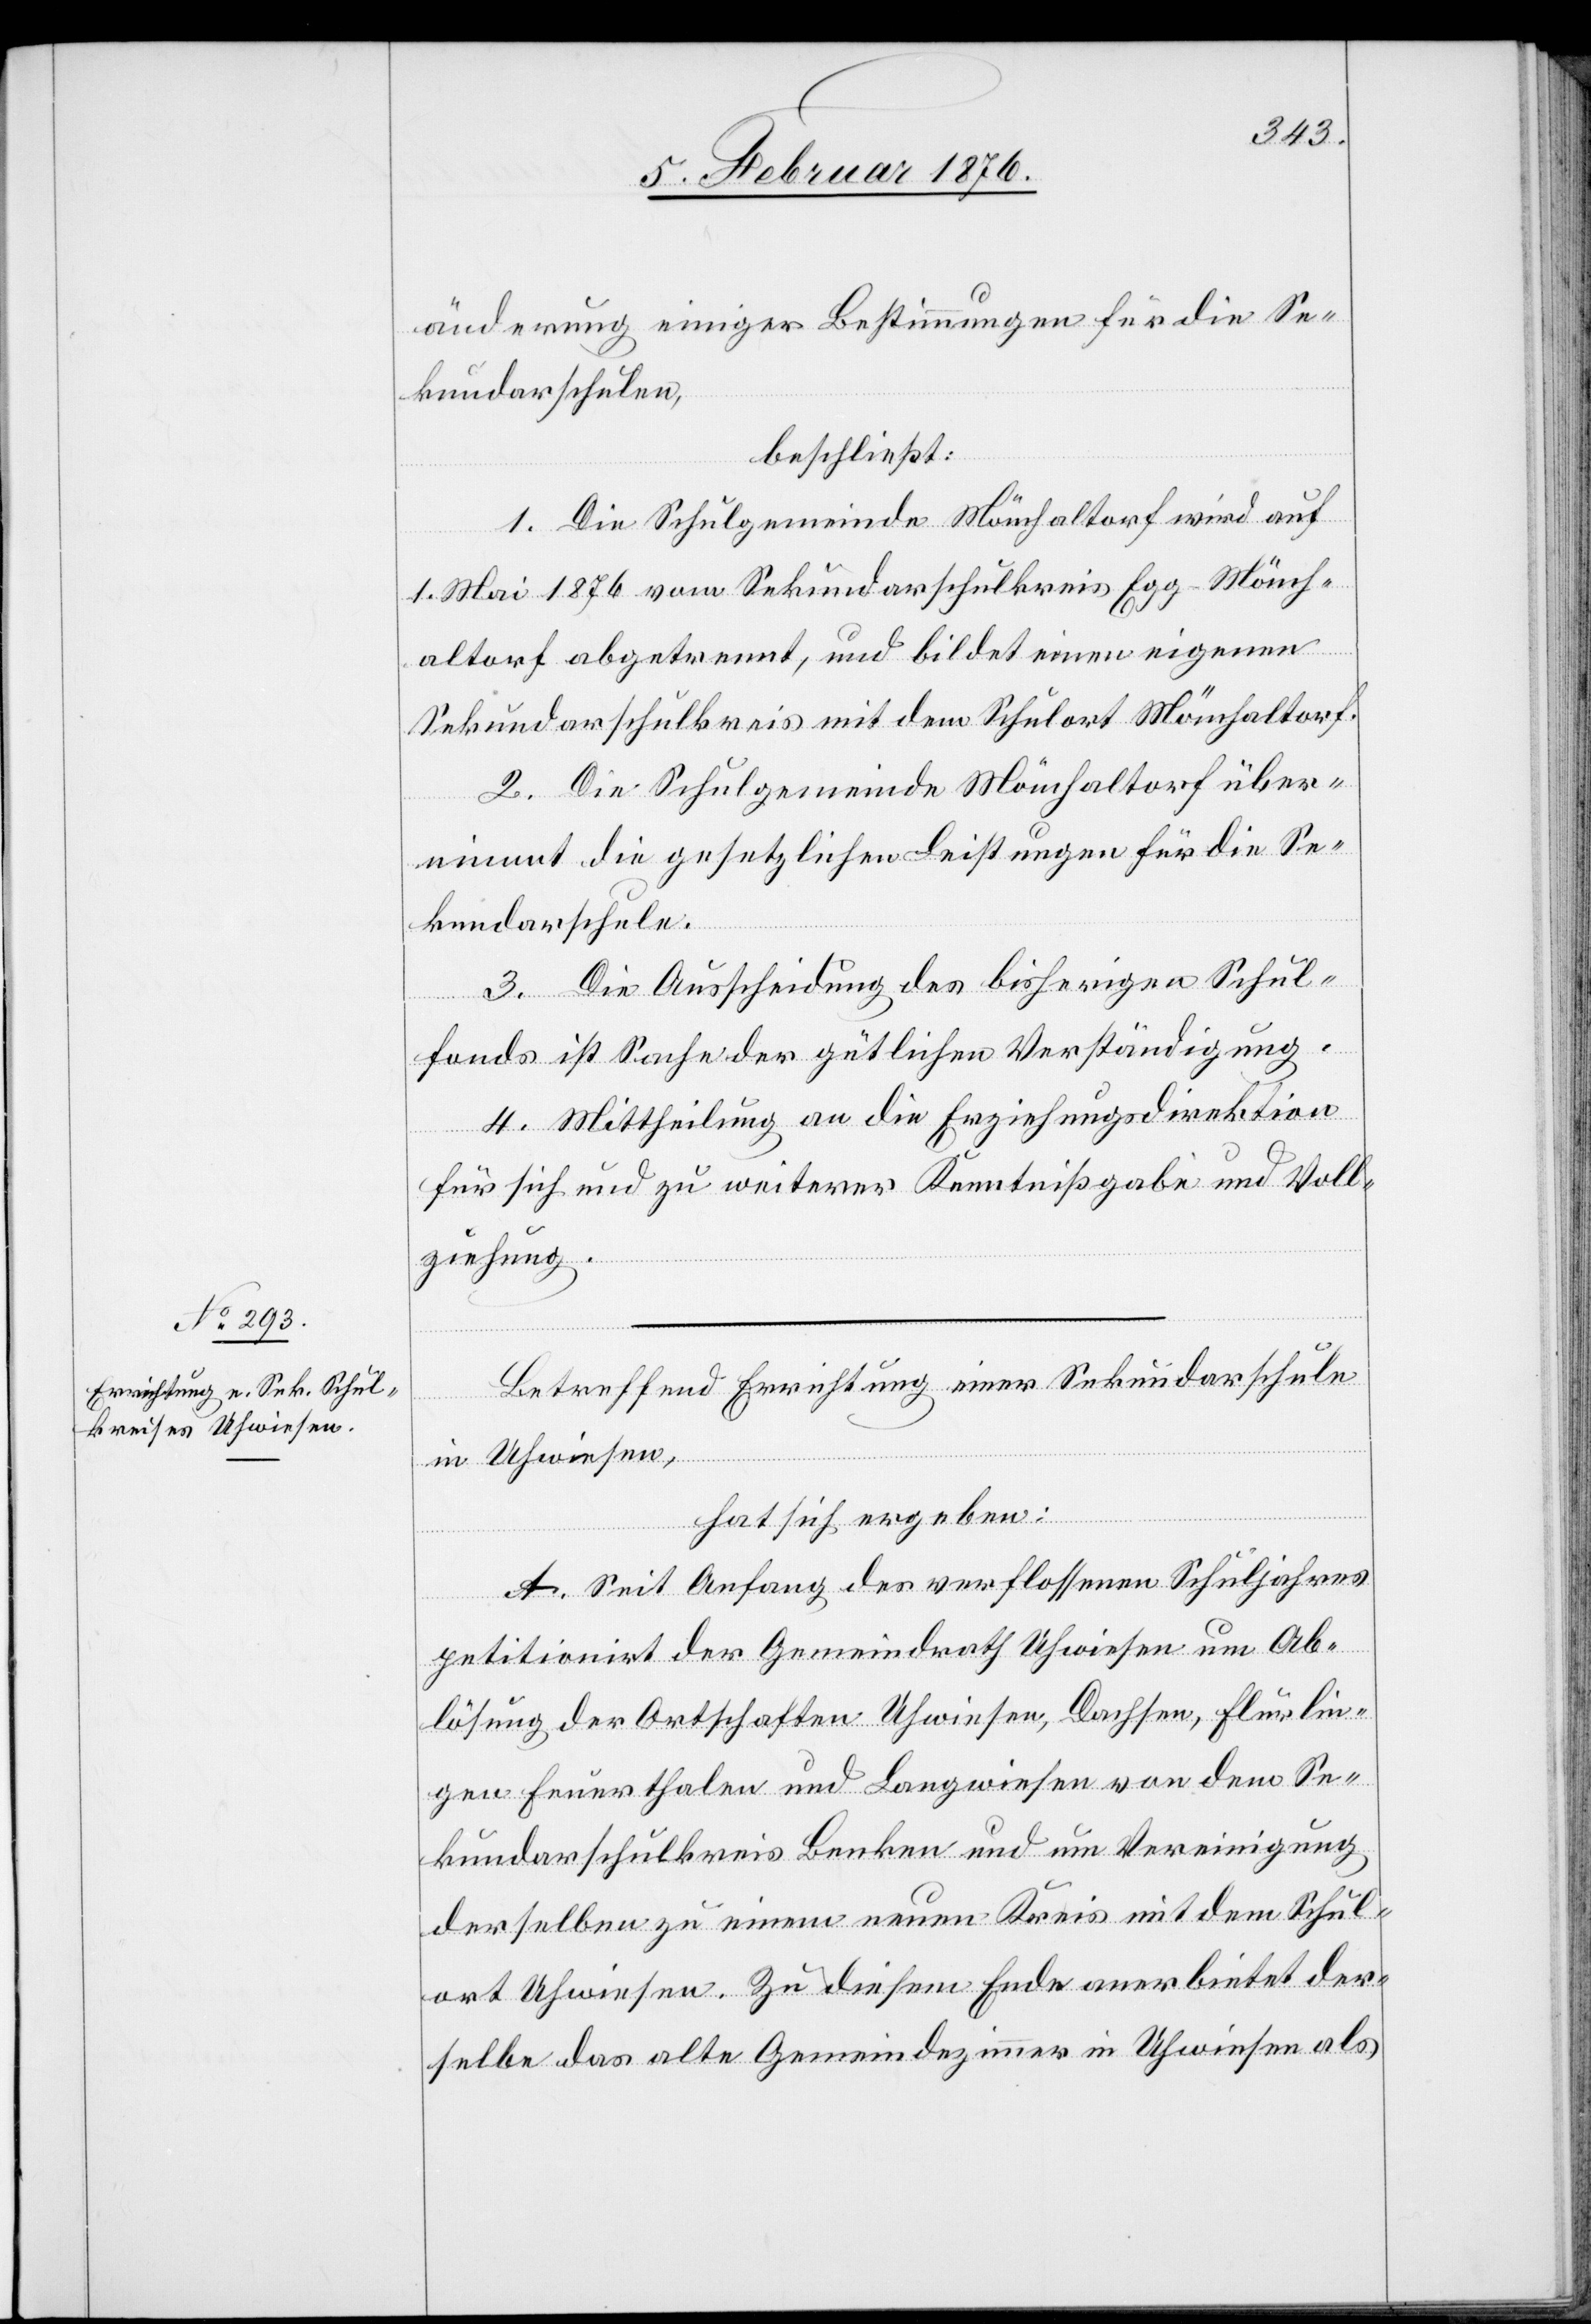
änderung einiger Bestimmungen für die Se¬
kundarschulen,
beschließt:
1. Die Schulgemeinde Mönchaltorf wird auf
1. Mai 1876 vom Sekundarschulkreis Egg-Mönch¬
altorf abgetrennt, und bildet einen eigenen
Sekundarschulkreis mit dem Schulort Mönchaltorf.
2. Die Schulgemeinde Mönchaltorf über¬
nimmt die gesetzlichen Leistungen für die Se¬
kundarschule.
3. Die Ausscheidung des bisherigen Schul¬
fonds ist Sache der gütlichen Verständigung.
4. Mittheilung an die Erziehungsdirektion
für sich und zu weiterer Kenntnisgabe und Voll¬
ziehung.
Betreffend Errichtung einer Sekundarschule
in Uhwiesen,
hat sich ergeben:
A. Seit Anfang des verflossenen Schuljahres
petitionirt der Gemeindrath Uhwiesen um Ab¬
lösung der Ortschaften Uhwiesen, Dachsen, Flurlin¬
gen, Feuerthalen und Langwiesen von dem Se¬
kundarschulkreis Benken und um Vereinigung
derselben zu einem neuen Kreis mit dem Schul¬
ort Uhwiesen. Zu diesem Ende anerbietet der¬
selbe das alte Gemeindezimmer in Uhwiesen als